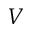
V